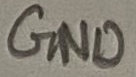
Text: GND